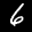
Label: 6